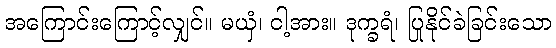
အကြောင်းကြောင့်လျှင်။ မယှံ၊ ငါ့အား။ ဒုက္ခရံ၊ ပြုနိုင်ခဲခြင်းသော